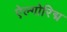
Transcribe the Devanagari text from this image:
ऐल्गोरिद्म